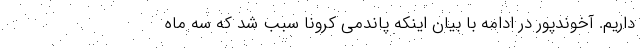
داریم. آخوندپور در ادامه با بیان اینکه پاندمی کرونا سبب شد که سه ماه